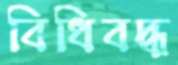
বিধিবদ্ধ